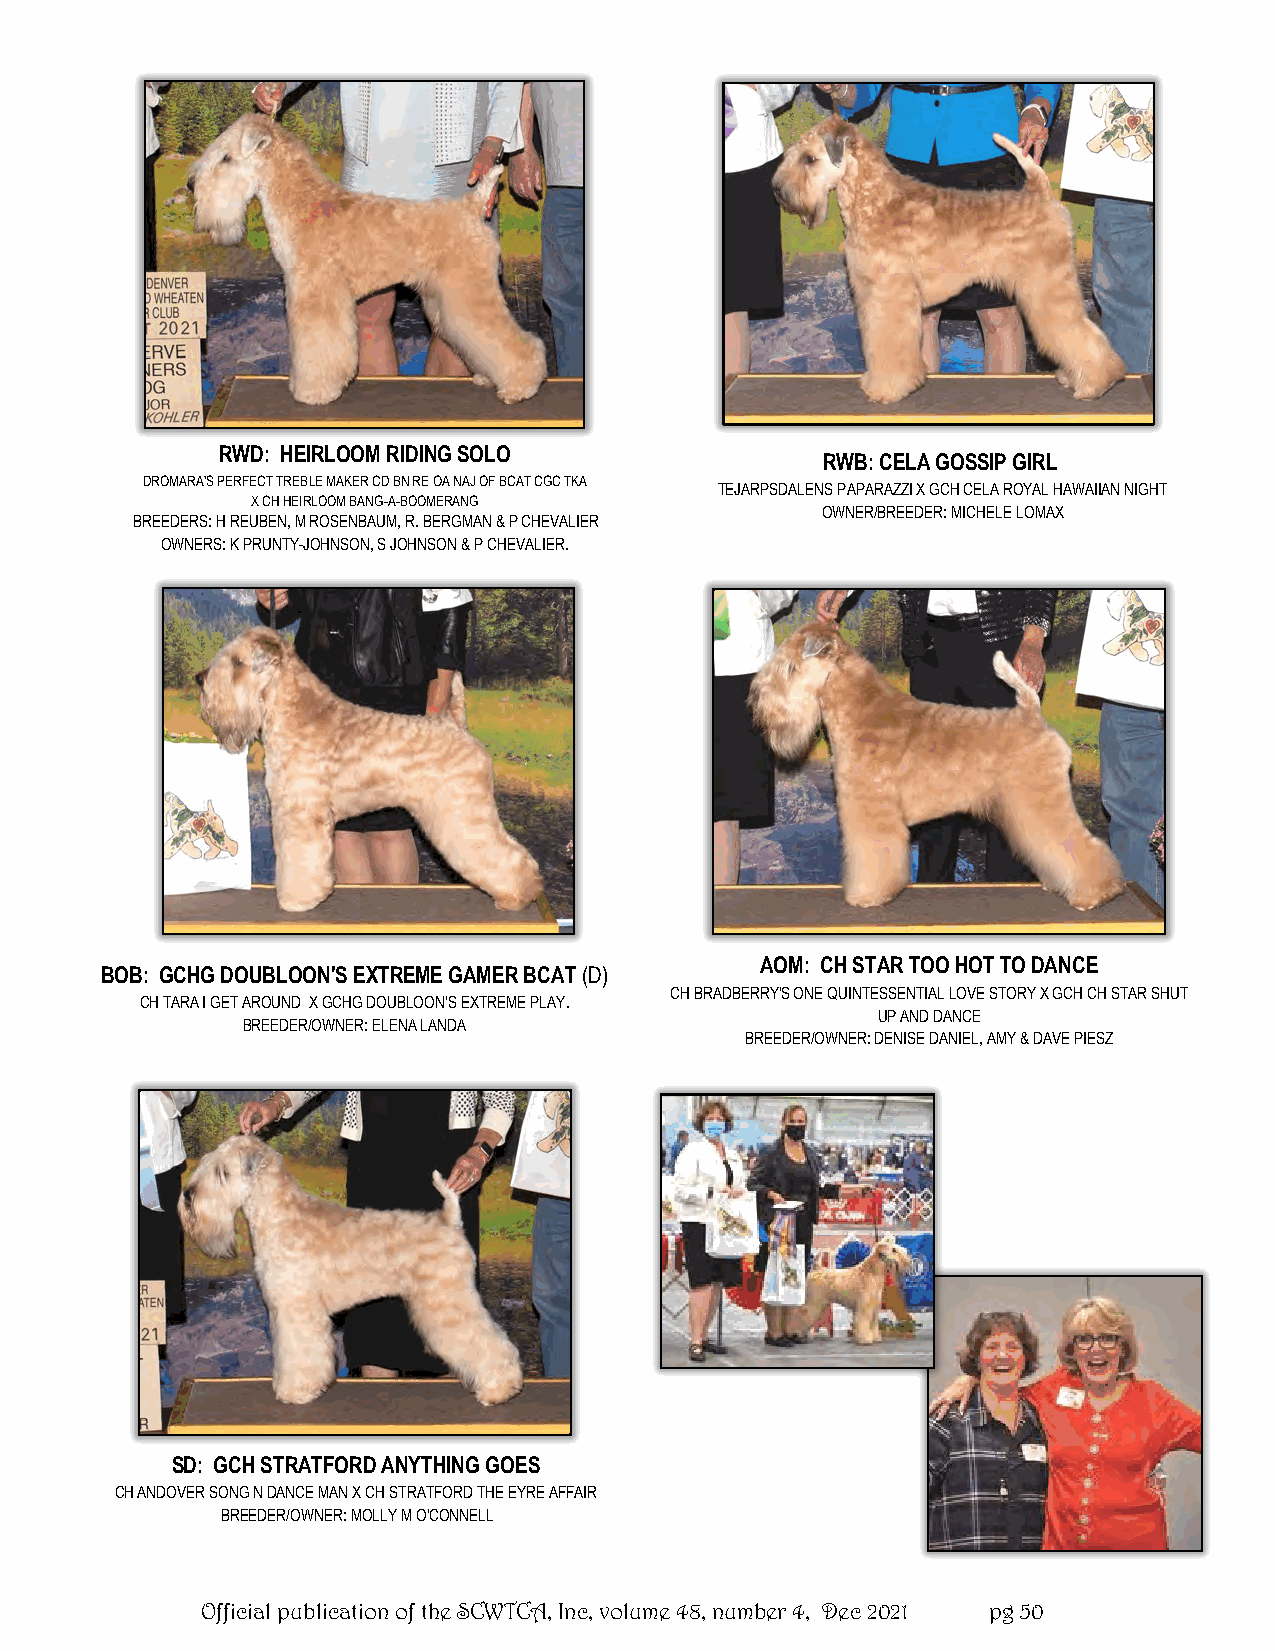
RWD: HEIRLOOM RIDING SOLO
 RWB: CELA GOSSIP GIRL
 DROMARA'S PERFECT TREBLE MAKER CD BN RE OA NAJ OF BCAT CGC TKA
 TEJARPSDALENS PAPARAZZI X GCH CELA ROYAL HAWAIIAN NIGHT
 X CH HEIRLOOM BANG-A-BOOMERANG
 OWNER/BREEDER: MICHELE LOMAX
 BREEDERS: H REUBEN, M ROSENBAUM, R. BERGMAN & P CHEVALIER
 OWNERS: K PRUNTY-JOHNSON, S JOHNSON & P CHEVALIER.
 AOM: CH STAR TOO HOT TO DANCE
 BOB: GCHG DOUBLOON'S EXTREME GAMER BCAT (D)
 CH BRADBERRY'S ONE QUINTESSENTIAL LOVE STORY X GCH CH STAR SHUT
 CH TARA I GET AROUND X GCHG DOUBLOON'S EXTREME PLAY.
 UP AND DANCE
 BREEDER/OWNER: ELENA LANDA
 BREEDER/OWNER: DENISE DANIEL, AMY & DAVE PIESZ
 SD: GCH STRATFORD ANYTHING GOES
 CH ANDOVER SONG N DANCE MAN X CH STRATFORD THE EYRE AFFAIR
 BREEDER/OWNER: MOLLY M O'CONNELL
 Official publication of the SCWTCA, Inc, volume 48, number 4, Dec 2021 pg 50